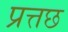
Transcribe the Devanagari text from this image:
प्रत्तछ